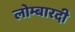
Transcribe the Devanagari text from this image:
लोम्बारदी